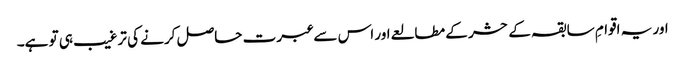
اور یہ اقوامِ سابقہ کے حشر کے مطالعے اور اس سے عبرت حاصل کرنے کی ترغیب ہی تو ہے۔